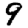
Digit: 9